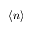
\left< n \right>